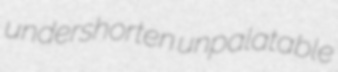
undershorten unpalatable